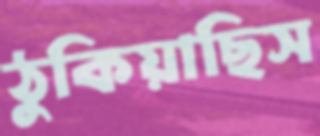
ঠুকিয়াছিস